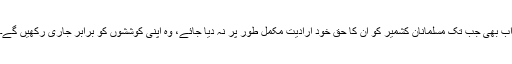
اب بھی جب تک مسلمانانِ کشمیر کو ان کا حقِ خود ارادیت مکمل طور پر نہ دیا جائے، وہ اپنی کوششوں کو برابر جاری رکھیں گے۔